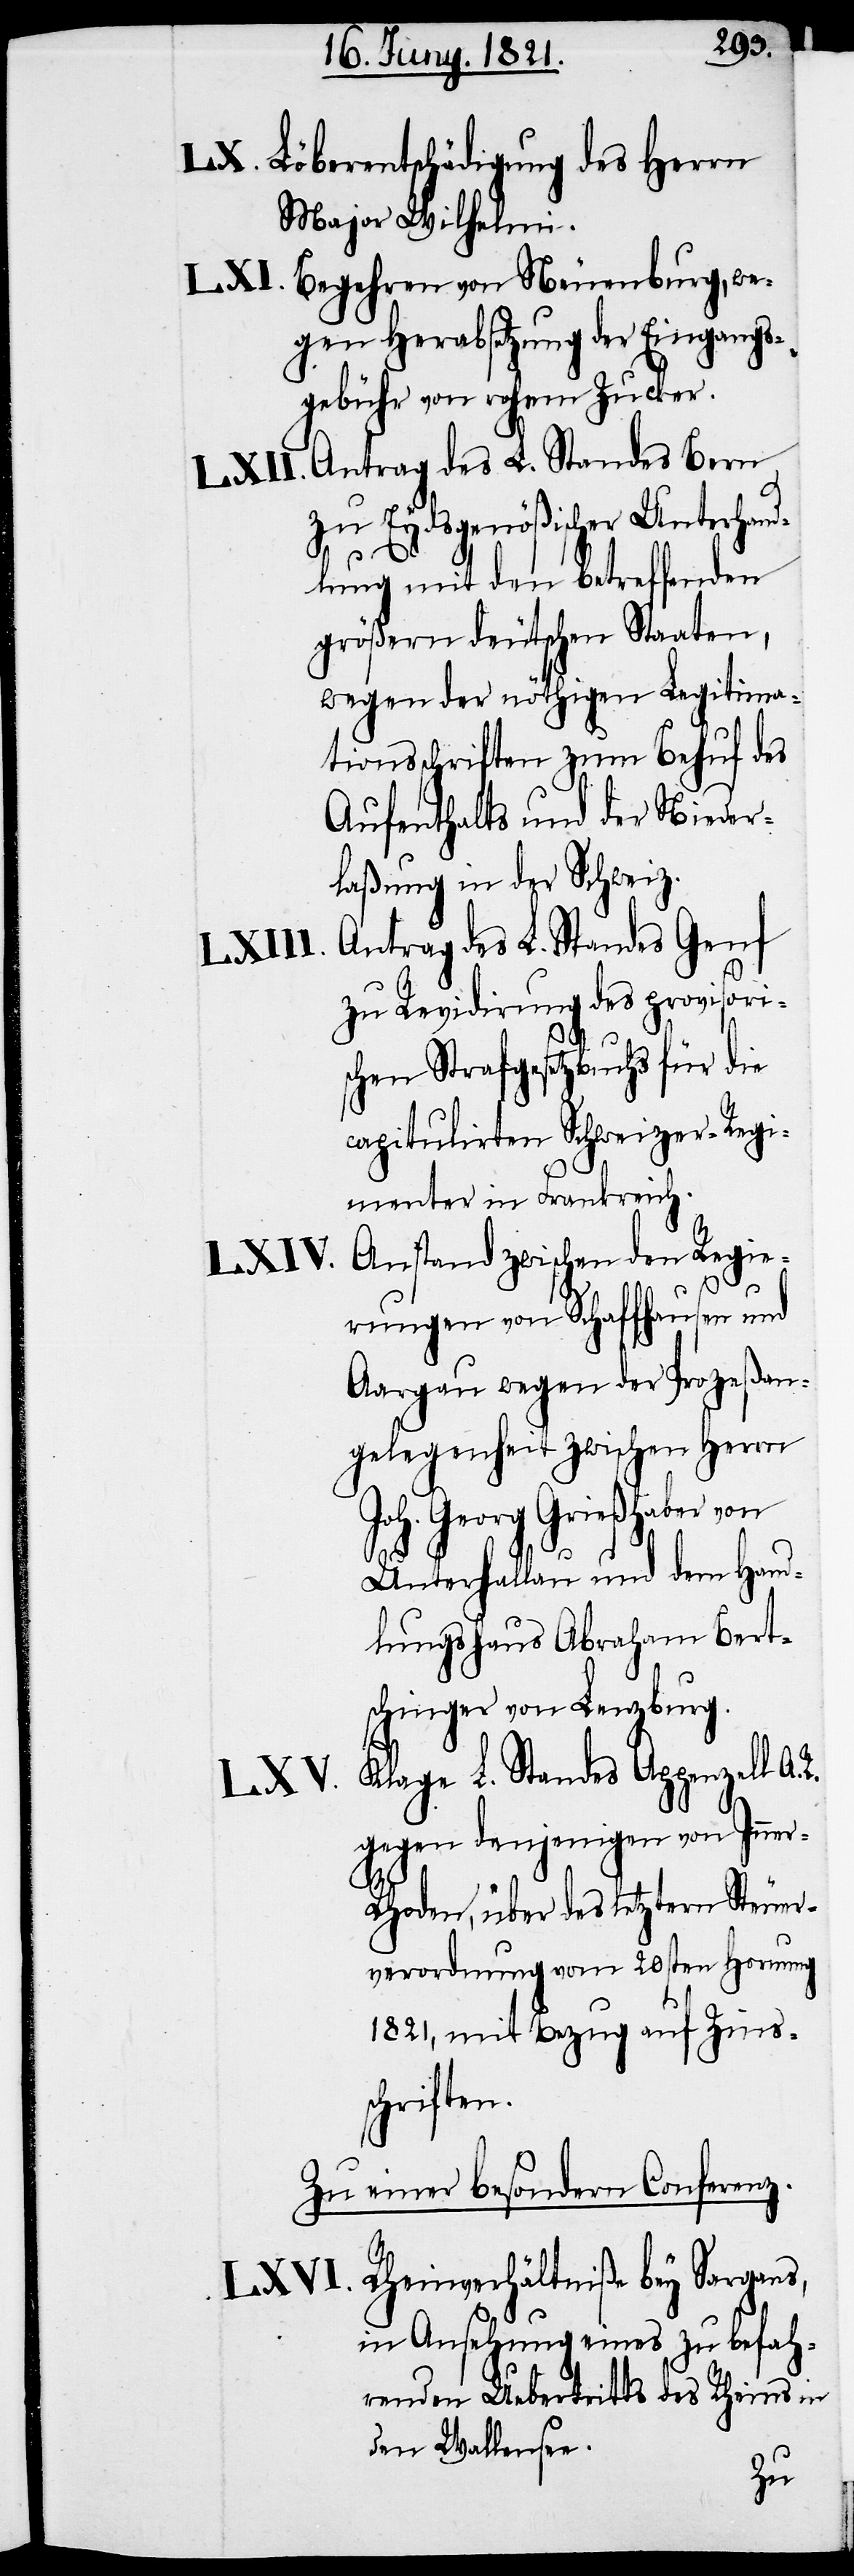
Löberentschädigung des Herrn
Major Wilhelmi.
Begehren von Neuenburg, we¬
gen Herabsetzung der Eingangs¬
gebühr von rohem Zucker.
zu Eydsgenößischer Unterhand¬
lung mit den betreffenden
größern deutschen Staaten,
wegen der nöthigen Legitima¬
tionsschriften zum Behuf des
Aufenthalts und der Nieder¬
laßung in der Schweiz.
Antrag des L. Standes Genf
zu Revidirung des provisori¬
schen Strafgesetzbuchs für die
capitulirten Schweizer-Regi¬
menter in Frankreich.
Anstand zwischen den Regie¬
rungen von Schaffhausen und
Aargau wegen der Prozeßan¬
gelegenheit zwischen Herrn
Joh. Georg Grießhaber von
Unterhallau und dem Hand¬
lungshaus Abraham Bert¬
schinger von Lenzburg.
Klage L. Standes Appenzell A.
gegen denjenigen von Inner-R¬
hoden, über des letztern Steuer¬
verordnung vom 20sten Hornung
1821, mit Bezug auf Zins¬
schriften.
Zu einer besondern Conferenz.
Rheinverhältniße bey Sargans,
in Ansehung eines zu befah¬
renden Uebertritts des Rheins in
den Wallensee.